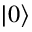
\vert 0 \rangle